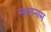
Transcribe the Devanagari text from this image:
स्थलनाम